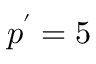
\boldsymbol { p ^ { \prime } = 5 }